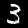
Label: 3